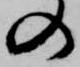
の